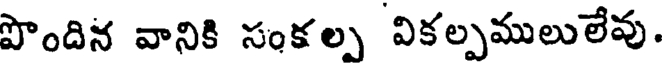
పొందిన వానికి సంకల్ప వికల్పములులేవు.